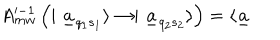
LaTeX: A _ { m w } ^ { \prime - 1 } \left( \mid \underline { { { a } } } _ { q _ { 1 } s _ { 1 } } \rangle \rightarrow \mid \underline { { { a } } } _ { q _ { 2 } s _ { 2 } } \rangle \right) = \langle \underline { { { a } } }